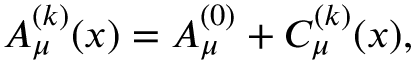
A _ { \mu } ^ { ( k ) } ( x ) = A _ { \mu } ^ { ( 0 ) } + C _ { \mu } ^ { ( k ) } ( x ) ,